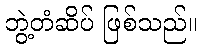
ဘွဲ့တံဆိပ် ဖြစ်သည်။